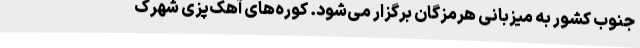
جنوب کشور به میزبانی هرمزگان برگزار می‌شود. کوره‌های آهک‌پزی شهرک